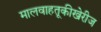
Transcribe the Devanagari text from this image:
मालवाहतूकीखेरीज